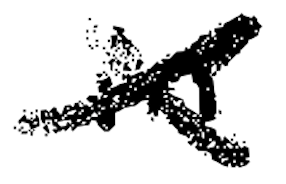
Text: in
Cross-out: cross
Writing tool: digital_black